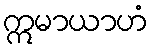
ဣမာယာဟံ